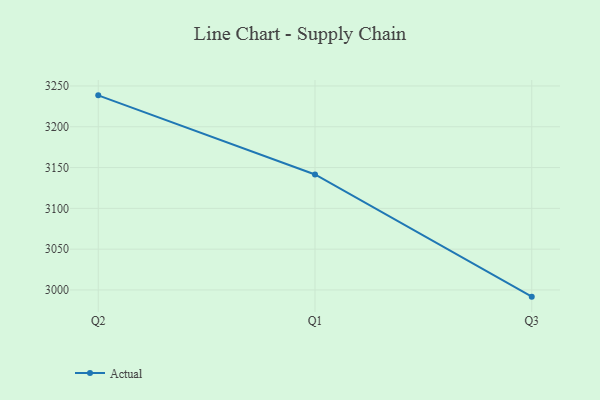
{"axis": {"x": "Quarter", "y": "LTV (USD)"}, "legend": ["Actual"], "data": [{"x": "Q2", "y": 3238.5, "type": "Actual"}, {"x": "Q1", "y": 3141.5, "type": "Actual"}, {"x": "Q3", "y": 2991.8, "type": "Actual"}]}